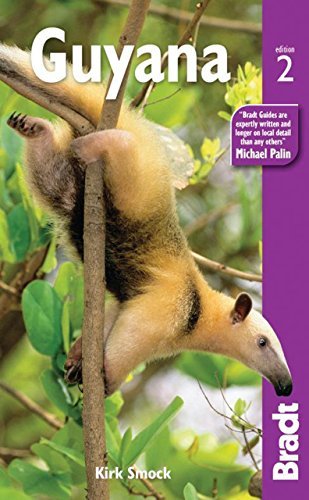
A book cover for Guyana (Bradt Travel Guide Guyana) by Kirk Smock (November 22,2011); Kirk Smock; Travel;